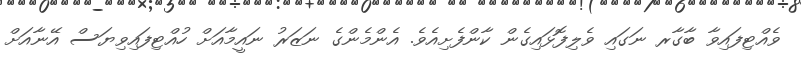
ވެއްޓިފައިވާ ބާގާރ ނަގައި ވެލިފޮޅައިގެން ކާންފެށިއެވެ. އެންމެންގެ ނަޒަރު ނައީމާއަށް ހުއްޓިފައިވިޔަސް އޭނާއަށް